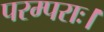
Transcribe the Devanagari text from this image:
परम्पराः।